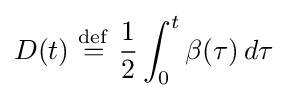
D(t)\ {\stackrel {\mathrm {def} }{=}}\ {\frac {1}{2}}\int _{0}^{t}\beta (\tau )\,d\tau